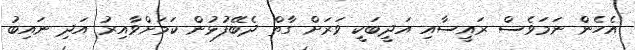
އެހެން ނަމަވެސް ރައީސާއި އަދީބަކީ ވަރަށް ގާތް ދެބޭފުޅުން ކަމަށްވާއިރު އަދި ނައިބު